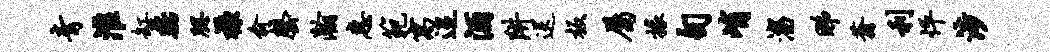
青淮缸磊腮襟俞罄瀚惠范寓迢酒阱送板属掾句峭淄睇蓊利怦涉